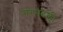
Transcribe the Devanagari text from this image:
गरमदली